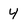
Character: 4